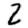
Digit: 2